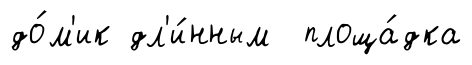
до́м'ик дл'и́нным площа́дка